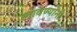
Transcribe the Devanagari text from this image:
लावण्यांनी